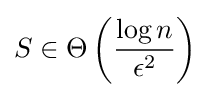
S\in \Theta \left({\dfrac {\log n}{\epsilon ^{2}}}\right)